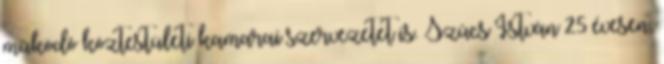
mûködô köztestületi kamarai szervezetet is. Szûcs István 25 évesen,